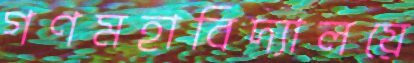
গণমহাবিদ্যালয়ে